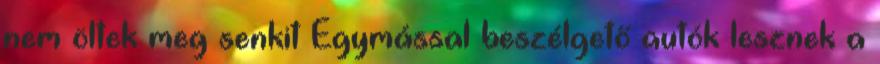
nem öltek meg senkit Egymással beszélgető autók lesznek a